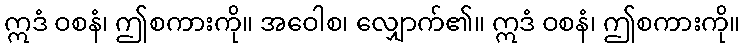
ဣဒံ ဝစနံ၊ ဤစကားကို။ အဝေါစ၊ လျှောက်၏။ ဣဒံ ဝစနံ၊ ဤစကားကို။